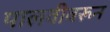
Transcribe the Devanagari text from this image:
पालवीवरून